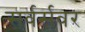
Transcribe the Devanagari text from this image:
सर्वर्सवर